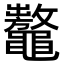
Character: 𪓾